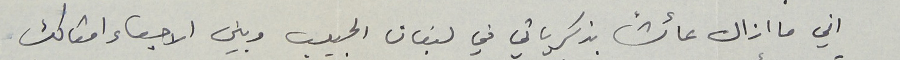
اني ما ازال عائشاً بذكرياتي في لبنان الحبيب وبين الاحباء امثالك